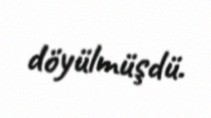
döyülmüşdü.